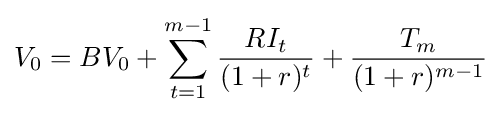
V_{0}=BV_{0}+\sum _{t=1}^{m-1}{RI_{t} \over (1+r)^{t}}+{T_{m} \over (1+r)^{m-1}}